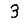
Digit: 3